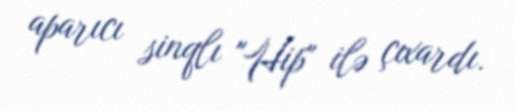
aparıcı sinqlı "Hip" ilə çıxardı.